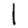
Digit: 1